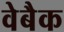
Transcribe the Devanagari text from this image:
वेबैक